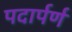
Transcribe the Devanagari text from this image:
पदार्पर्ण